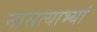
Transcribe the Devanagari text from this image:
नासत्याभ्यां